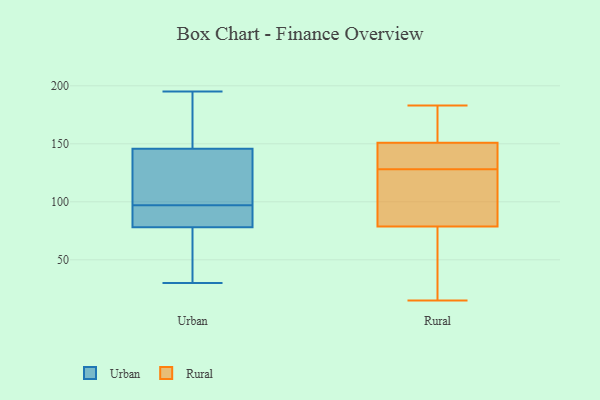
{"axis": {"x": "Population (Million)", "y": "Value"}, "legend": ["Rural", "Urban"], "data": [{"x": "", "y": 116, "type": "Urban"}, {"x": "", "y": 81, "type": "Urban"}, {"x": "", "y": 77, "type": "Urban"}, {"x": "", "y": 195, "type": "Urban"}, {"x": "", "y": 47, "type": "Urban"}, {"x": "", "y": 154, "type": "Urban"}, {"x": "", "y": 47, "type": "Urban"}, {"x": "", "y": 116, "type": "Urban"}, {"x": "", "y": 84, "type": "Urban"}, {"x": "", "y": 87, "type": "Urban"}, {"x": "", "y": 30, "type": "Urban"}, {"x": "", "y": 193, "type": "Urban"}, {"x": "", "y": 117, "type": "Urban"}, {"x": "", "y": 41, "type": "Urban"}, {"x": "", "y": 97, "type": "Urban"}, {"x": "", "y": 171, "type": "Urban"}, {"x": "", "y": 121, "type": "Urban"}, {"x": "", "y": 97, "type": "Urban"}, {"x": "", "y": 195, "type": "Urban"}, {"x": "", "y": 151, "type": "Rural"}, {"x": "", "y": 183, "type": "Rural"}, {"x": "", "y": 124, "type": "Rural"}, {"x": "", "y": 37, "type": "Rural"}, {"x": "", "y": 73, "type": "Rural"}, {"x": "", "y": 15, "type": "Rural"}, {"x": "", "y": 166, "type": "Rural"}, {"x": "", "y": 96, "type": "Rural"}, {"x": "", "y": 148, "type": "Rural"}, {"x": "", "y": 70, "type": "Rural"}, {"x": "", "y": 166, "type": "Rural"}, {"x": "", "y": 144, "type": "Rural"}, {"x": "", "y": 149, "type": "Rural"}, {"x": "", "y": 25, "type": "Rural"}, {"x": "", "y": 151, "type": "Rural"}, {"x": "", "y": 166, "type": "Rural"}, {"x": "", "y": 115, "type": "Rural"}, {"x": "", "y": 128, "type": "Rural"}, {"x": "", "y": 98, "type": "Rural"}]}